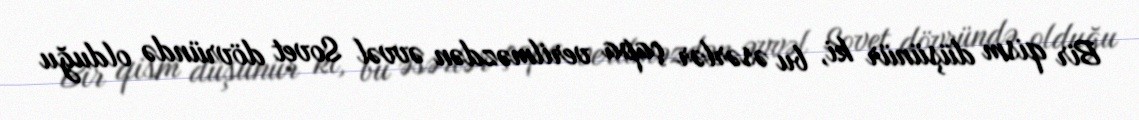
Bir qism düşünür ki, bu əsərlər çapa verilməzdən əvvəl Sovet dövründə olduğu